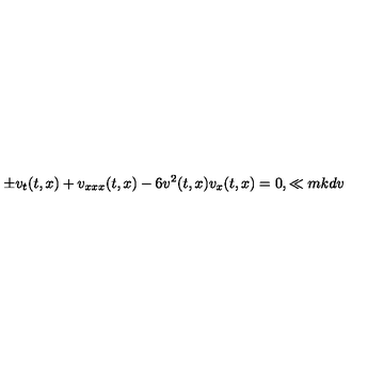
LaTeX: \pm v _ { t } ( t , x ) + v _ { x x x } ( t , x ) - 6 v ^ { 2 } ( t , x ) v _ { x } ( t , x ) = 0 , \ll { m k d v }